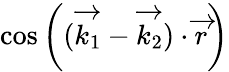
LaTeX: \cos\left((\overrightarrow{k_{1}}-\overrightarrow{k_{2}})\cdot\overrightarrow{r}\right)